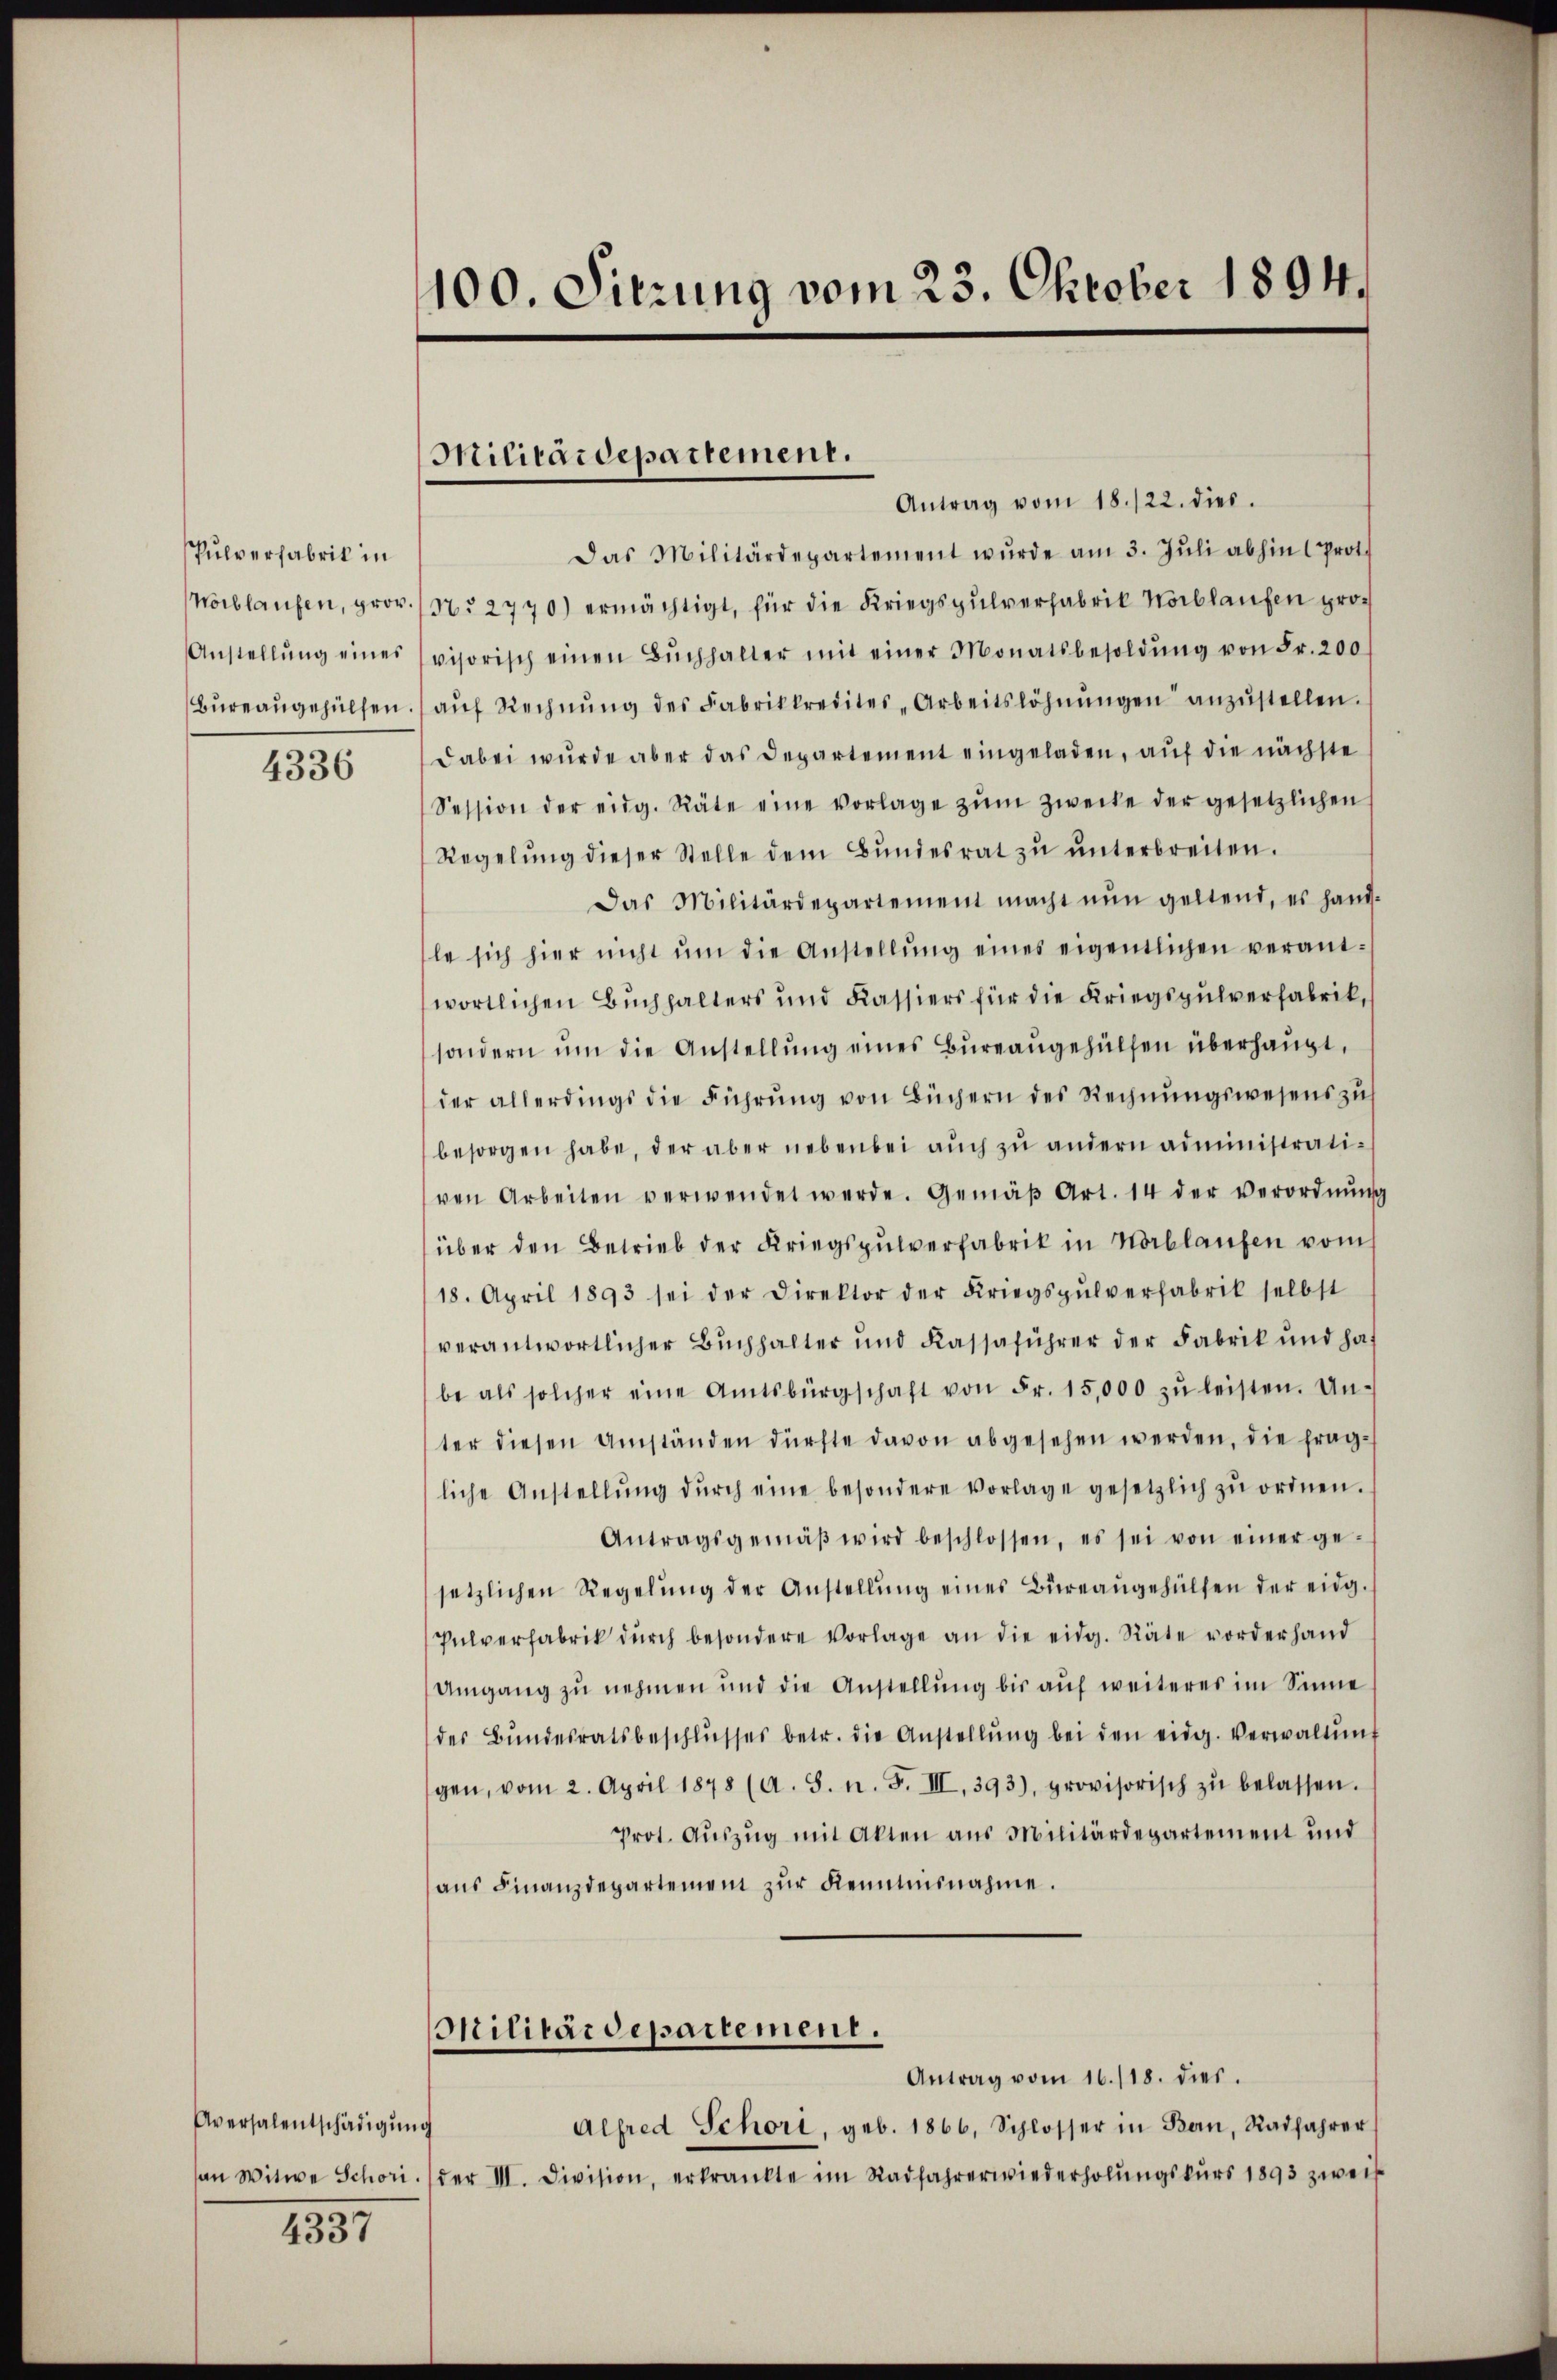
Pulverfabrik in
Anstellung eines

4336

Aversalentschädigŭng

2357

100. Sitzung vom 23. Oktober 1894.

Militärdepartement.

Antrag vom 18./22. dies
Das Militärdepartement wŭrde am 3. Jŭli abhin (Prot.
Norblaufen, prov. / N. 2770) ermächtigt, für die Kriegspulverfabrik Horblaufen provisorisch einen Bŭchhalter mit einer Monatsbesoldŭng von Fr. 200
Büreaŭgehülfen. auf Rechnŭng des Fabrikkredites Arbeitslöhnungen anzustellen.
dabei wurde aber das Departement eingeladen, auf die nächste
Session der eidg. Räte eine vorlage zŭm Zwecke der gesetzlichen
Regelŭng dieser Stelle dem Bŭndesrat zŭ ŭnterbreiten.
Das Militärdepartement macht nŭn geltend, es hand-
le sich hier nicht ŭm die Anstellŭng eines eigentlichen verant-
wortlichen Buchhalters und Kassiers für die Kriegspulverfabrik,
sondern ŭm die Anstellŭng eines Büreaŭgehülfen überhaupt,
der allerdings die Führŭng von Büchern des Rechnŭngswesens zus
besorgen habe, der aber nebenbei aŭch zŭ andern administrativen Arbeiten verwendet werde. Gemäβ Art. 14 der Verordnŭng
über den Betrieb der Kriegspulverfabrik in Wortlaufen vom
18. April 1893 sei der Direktor der Kriegspŭlverfabrik selbst
verantwortlicher Buchhalter und Kassaführer der Fabrik und habe als solcher eine Amtsbürgschaft von Fr. 15,000 zŭ leisten. Un-
ter diesen Umständen dürfte davon abgesehen werden, die fragliche Anstellŭng dŭrch eine besondere Vorlage gesetzlich zŭ ordnen.
Antragsgemäβ wird beschlossen, es sei von einer ge-
setzlichen Regelŭng der Anstellŭng eines Büreaŭgehülfen der eidg.
Pulverfabrik dŭrch besondere Vorlage an die eidg. Räte vorderhand
Umgang zu nehmen und die Anstellŭng bis aŭf weiteres im Sinne
des Bŭndesratsbeschlŭsses betr. die Anstellŭng bei den eidg. Verwaltŭng
gen, vom 2. April 1878 (A. S. n. F. III, 393), provisorisch zŭ belassen.
Prot. Auszug mit Akten aus Militärdepartement und
aus Finanzdepartement zur Kenntnisnahme.
Militärdepartement.
Antrag vom 16./18. dies.
Alfred Schori, geb. 1866, Schlosser in Bau, Radfahrer
an Witwe Schori ./ der III. Division, erkrankte im Radfahrerwiederholŭngskŭrs 1893 zweif